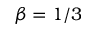
\beta = 1 / 3